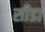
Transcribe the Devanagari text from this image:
सीडा